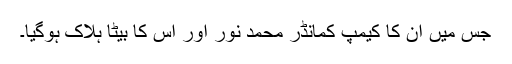
جس میں اْن کا کیمپ کمانڈر محمد نور اور اْس کا بیٹا ہلاک ہوگیا۔